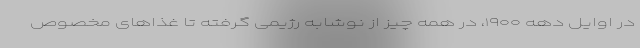
در اوایل دهه ۱۹۰۰، در همه چیز از نوشابه رژیمی گرفته تا غذا‌های مخصوص